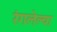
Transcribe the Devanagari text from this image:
रंगलेल्या